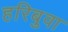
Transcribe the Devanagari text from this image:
हरिबुवा